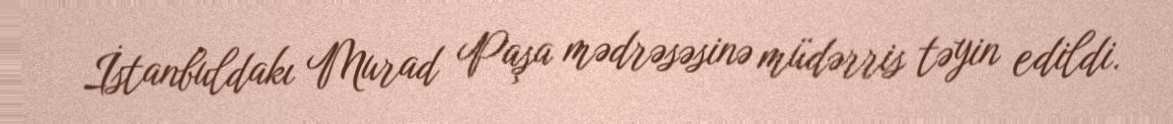
İstanbuldakı Murad Paşa mədrəsəsinə müdərris təyin edildi.